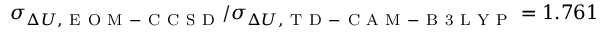
\sigma _ { \Delta U , \mathrm { ~ E ~ O ~ M ~ - ~ C ~ C ~ S ~ D ~ } } / \sigma _ { \Delta U , \mathrm { ~ T ~ D ~ - ~ C ~ A ~ M ~ - ~ B ~ 3 ~ L ~ Y ~ P ~ } } = 1 . 7 6 1